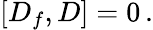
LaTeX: \left[D_{f},D\right]=0\, .